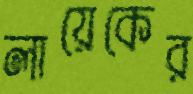
লায়েকের